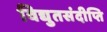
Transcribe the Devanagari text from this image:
विद्युतसंदीप्ति